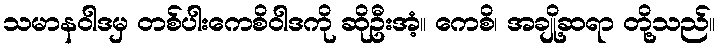
သမာနဝါဒမှ တစ်ပါးကေစိဝါဒကို ဆိုဦးအံ့။ ကေစိ၊ အချို့ဆရာ တို့သည်။